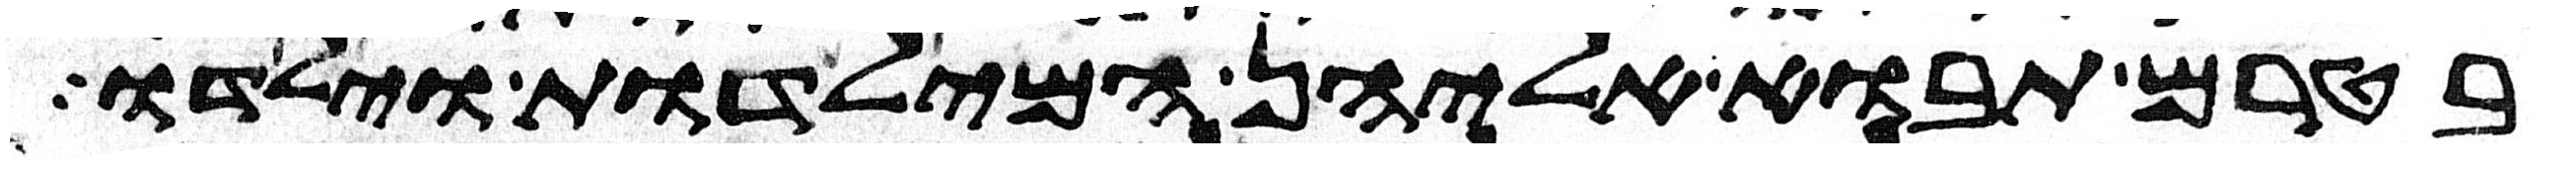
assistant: בטרם תבוא אליהן המילדות וילדו